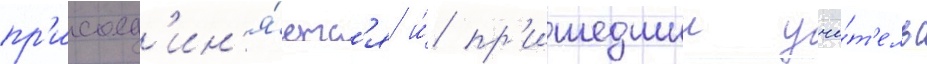
пр'исоед'ин'я́етс'я и́ пр'ишедшии учи́т'ель